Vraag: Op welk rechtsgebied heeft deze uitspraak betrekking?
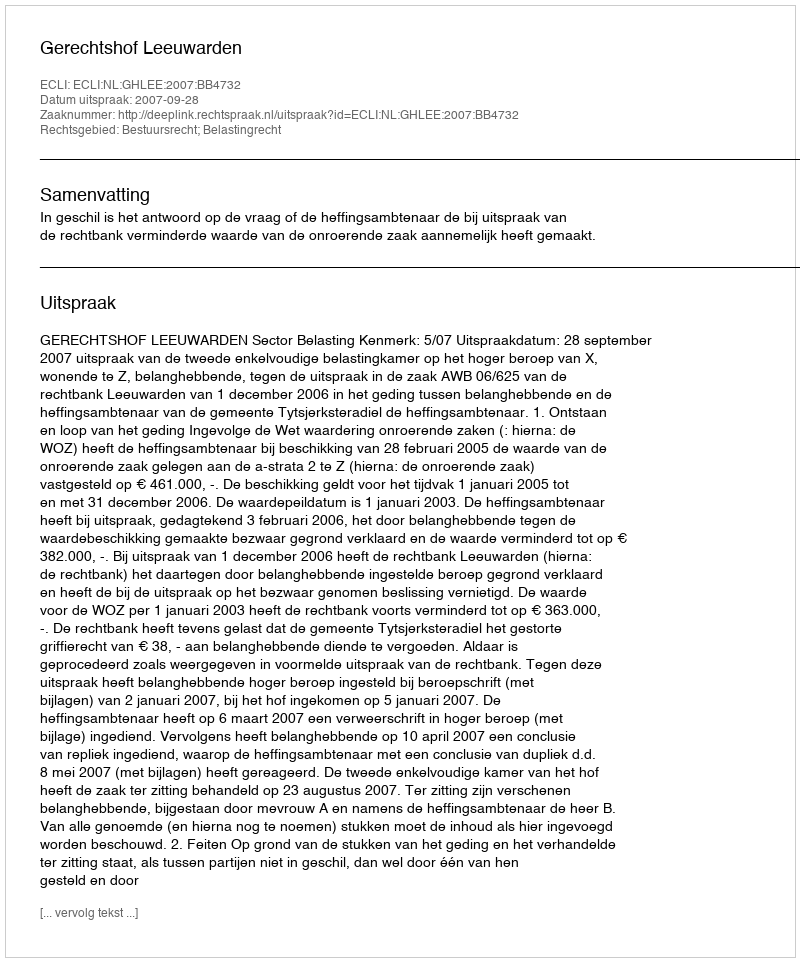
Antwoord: Bestuursrecht; Belastingrecht